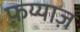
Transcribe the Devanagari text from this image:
फ़य्याज़